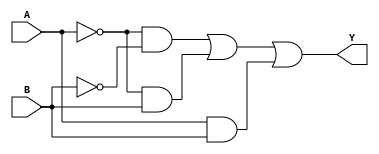
module kmap_2var (
    input wire A,      // Input variable A
    input wire B,      // Input variable B
    output wire Y      // Output variable Y
);

// K-map filling based on the truth table
// You can modify the following assignments based on your specific K-map filling
// For example, let's assume the K-map is filled as follows:
// Cell (0,0) (A=0, B=0) -> 1
// Cell (0,1) (A=0, B=1) -> 1
// Cell (1,0) (A=1, B=0) -> 0
// Cell (1,1) (A=1, B=1) -> 1
// This corresponds to the expression Y = A'B' + A'B + AB

assign Y = (~A & ~B) | (~A & B) | (A & B); // Simplified expression based on K-map

endmodule